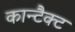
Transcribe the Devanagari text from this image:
कान्टैक्ट